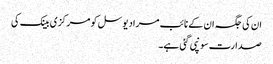
ان کی جگہ ان کے نائب مراد یوسل کو مرکزی بینک کی
صدارت سونپی گئی ہے۔